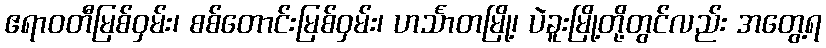
ဧရာဝတီမြစ်ဝှမ်း၊ စစ်တောင်းမြစ်ဝှမ်း၊ ဟင်္သာတမြို့၊ ပဲခူးမြို့တို့တွင်လည်း အတွေ့ရ